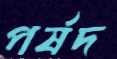
পর্ষদ